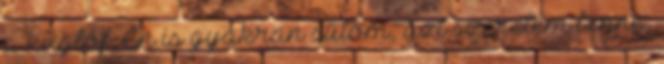
a kuglóf. Én is gyakran sütöm, azt szeretem benne,